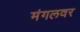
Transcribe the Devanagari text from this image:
मंगलवर